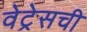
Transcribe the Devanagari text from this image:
वेट्रेसची